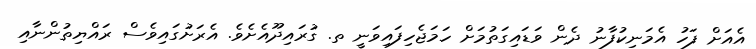
އެއަށް ފަހު އެމަނިކުފާނު ދެން ވަޑައިގަތުމަށް ހަމަޖެހިފައިވަނީ ތ. ގުރައިދޫއެށެވެ. އެރަށުގަަަައިވެސް ރަައްޔިތުންނާއި